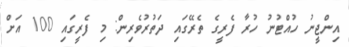
އިންޖީނު ހުއްޓުނު ހުރާ ފެރީގެ ތެރޭގައި ދަތުރުވެރިން: މި ފެރީގައި 100 އަށް